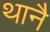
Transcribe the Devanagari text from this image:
थानै